Report of the Indian Hemp Drugs Commission, 1894-1895 - Volume VII
Year: 1894
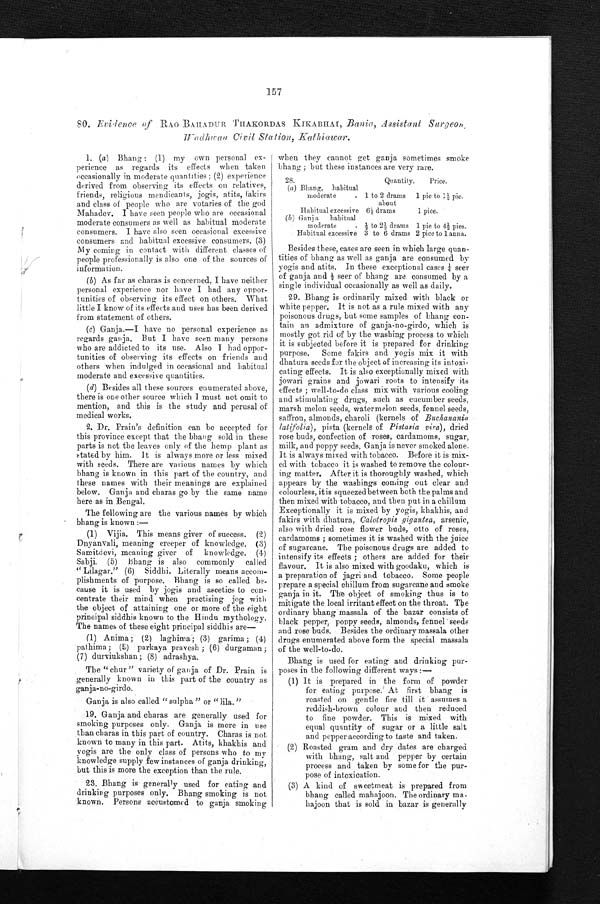
157
80. Evidence of RAO BAHADUR THAKORDAS KIKABHAI, Bania, Assistant Surgeon,
Wadhwan Civil Station, Kathiawar.
1. (a) Bhang : (1) my own personal ex-
perience as regards its effects when taken
occasionally in moderate quantities ; (2) experience
derived from observing its effects on relatives,
friends, religious mendicants, jogis, atits, fakirs
and class of people who are votaries of the god
Mahadev. I have seen people who are occasional
moderate consumers as well as habitual moderate
consumers. I have also seen occasional excessive
consumers and habitual excessive consumers. (3)
My coming in contact with different classes of
people professionally is also one of the sources of
information.
(b) As far as charas is concerned, I have neither
personal experience nor have I had any oppor-
tunities of observing its effect on others. What
little I know of its effects and uses has been derived
from statement of others.
(c) Ganja.—I have no personal experience as
regards ganja. But I have seen many persons
who are addicted to its use. Also I had oppor-
tunities of observing its effects on friends and
others when indulged in occasional and habitual
moderate and excessive quantities.
(d) Besides all these sources enumerated above,
there is one other source which I must not omit to
mention, and this is the study and perusal of
medical works.
2. Dr. Prain's definition can be accepted for
this province except that the bhang sold in these
parts is not the leaves only of the hemp plant as
stated by him. It is always more or less mixed
with seeds. There are various names by which
bhang is known in this part of the country, and
these names with their meanings are explained
below. Ganja and charas go by the same name
here as in Bengal.
The following are the various names by which
bhang is known :-
(1) Vijia. This means giver of success. (2)
Dnyanvali, meaning creeper of knowledge. (3)
Samitdevi, meaning giver of knowledge. (4)
Sabji. (5) Bhang, is also commonly called
" Lilagar." (6) Siddhi. Literally means accom-
plishments of purpose. Bhang is so called be-
cause it is used by jogis and ascetics to con-
centrate their mind when practising jog with
the object of attaining one or more of the eight
principal siddhis known to the Hindu mythology.
The names of these eight principal siddhis are—
(1) Anima; (2) laghima ; (3) garima ; (4)
pathima ; (5) parkaya pravesh ; (6) durgaman ;
(7) durviukshan ; (8) adrashya.
The " chur " variety of ganja of Dr. Prain is
generally known in this part of the country as
ganja-no-girdo.
Ganja is also called " sulpha " or " lila. "
19. Ganja and charas are generally used for
smoking purposes only. Ganja is more in use
than charas in this part of country. Charas is not
known to many in this part. Atits, khakhis and
yogis are the only class of persons who to my
knowledge supply few instances of ganja drinking,
but this is more the exception than the rule.
23. Bhang is generally used for eating and
drinking purposes only. Bhang smoking is not
known. Persons accustomed to ganja smoking
when they cannot get ganja sometimes smoke
bhang ; but these instances are very rare.
28.
Quantity.
Price.
(a) Bhang, habitual
moderate
. 1 to 2 drams
about
1 pie to 1 1/2 pie.
Habitual excessive 6 1/2 drams
1 pice.
(b) Ganja habitual
moderate
. 1/2 to 2 1/2 drams 1 pie to 4 1/2 pies.
Habitual excessive 3 to 6 drams 2 pice to 1 anna.
Besides these, cases are seen in which large quan-
tities of bhang as well as ganja are consumed by
yogis and atits. In these exceptional cases 1/2 s e e r
of ganja and 1/2s e e r o f b h a n g a r e c o n s u m e d b y a
single individual occasionally as well as daily.
29. Bhang is ordinarily mixed with black or
white pepper. It is not as a rule mixed with any
poisonous drugs, but some samples of bhang con-
tain an admixture of ganja-no-girdo, which is
mostly got rid of by the washing process to which
it is subjected before it is prepared for drinking
purpose. Some fakirs and yogis mix it with
dhatura seeds for the object of increasing its intoxi-
cating effects. It is also exceptionally mixed with
jowari grains and jowari roots to intensify its
effects ; well-to-do class mix with various cooling
and stimulating drugs, such as cucumber seeds,
marsh melon seeds, watermelon seeds, fennel seeds,
saffron, almonds, charoli (kernels of Buchanania
latifolia), pista (kernels of Pistasia vira), dried
rose buds, confection of roses, cardamoms, sugar,
milk, and poppy seeds. Ganja is never smoked alone.
It is always mixed with tobacco. Before it is mix-
ed with tobacco it is washed to remove the colour-
ing matter. After it is thoroughly washed, which
appears by the washings coming out clear and
colourless, it is squeezed between both the palms and
then mixed with tobacco, and then put in a c h i l l u m
Exceptionally it is mixed by yogis, khakhis, and
fakirs with dhatura, Calotropis gigantea, arsenic,
also with dried rose flower buds, otto of roses,
cardamoms ; sometimes it is washed with the juice
of sugarcane. The poisonous drugs are added to
intensify its effects ; others are added for their
flavour. It is also mixed with goodaku, which is
a preparation of jagri and tobacco. Some people
prepare a special chillum from sugarcane and smoke
ganja in it. The object of smoking thus is to
mitigate the local irritant effect on the throat. The
ordinary bhang massala of the bazar consists of
black pepper, poppy seeds, almonds, fennel seeds
and rose buds. Besides the ordinary massala other
drugs enumerated above form the special massala
of the well-to-do.
Bhang is used for eating and drinking pur-
poses in the following different ways :—
(1) It is prepared in the form of powder
for eating purpose. At first bhang is
roasted on gentle fire till it assumes a
reddish-brown colour and then reduced
to fine powder. This is mixed with
equal quantity of sugar or a little salt
and pepper according to taste and taken.
(2) Roasted gram and dry dates are charged
with bhang, salt and pepper by certain
process and taken by some for the pur-
pose of intoxication.
(3) A kind of sweetmeat is prepared from
bhang called mahajoon. The ordinary ma-
h a j o o n t h a t i s s o l d i n b a z a r i s g e n e r a l l y